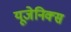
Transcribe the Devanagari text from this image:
यूजेनिक्स